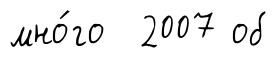
мно́го 2007 об